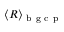
\langle R \rangle _ { \mathrm { ~ b ~ g ~ c ~ p ~ } }